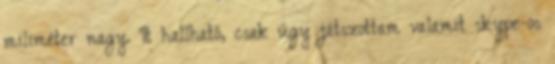
miliméter nagy. It hallható, csak úgy játszottam valamit skype-os